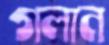
গলান